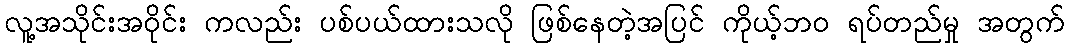
လူ့အသိုင်းအဝိုင်း ကလည်း ပစ်ပယ်ထားသလို ဖြစ်နေတဲ့အပြင် ကိုယ့်ဘဝ ရပ်တည်မှု အတွက်